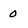
Character: 0